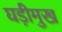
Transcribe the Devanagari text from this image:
घड़ीमुख